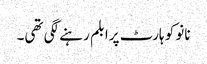
نانو کو ہارٹ پرابلم رہنے لگی تھی۔